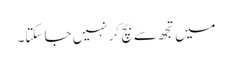
میں تجھ سے بچ کر نہیں جا سکتا۔